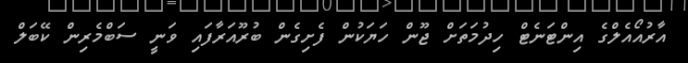
އާރުއޯއެލްގެ އިންޓަނެޓް ހިދުމަތަށް ޖޫން ހަޔަކުން ފެށިގެން ބުރޫއަރާފައި ވަނީ ސަބްމެރިން ކޭބަލް